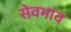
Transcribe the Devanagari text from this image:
सेवभाव